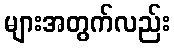
များအတွက်လည်း